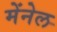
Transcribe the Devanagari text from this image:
मेंनेल